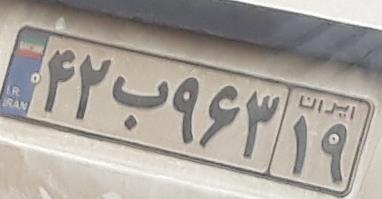
۴۲ب۹۶۳۱۹